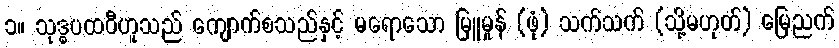
၁။ သုဒ္ဓပထဝီဟူသည် ကျောက်စသည်နှင့် မရောသော မြူမှုန် (ဖုံ) သက်သက် (သို့မဟုတ်) မြေညက်